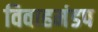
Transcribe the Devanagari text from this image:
विवाहमंडप